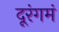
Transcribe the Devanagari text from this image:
दूरंगमं